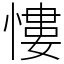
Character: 慺